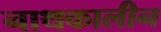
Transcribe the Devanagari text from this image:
नाथकालीन